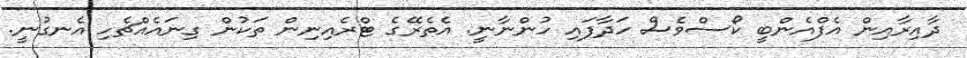
ދާއިރާއިން އެފްއެންބީ ކޯސްވެސް ހަދާފައި ހުންނާނީ. އެތެރޭގެ ޓްރެއިނިން ތަކުން ގިނައެއްޗެހި އެނގުނީ.